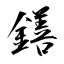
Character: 鐥